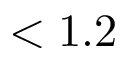
< 1 . 2